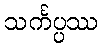
သင်္ကပ္ပဿ